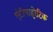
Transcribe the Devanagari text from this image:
एंटीपाइरेटिक